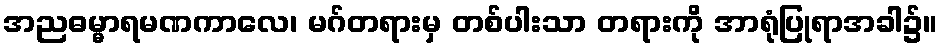
အညဓမ္မာရမဏကာလေ၊ မဂ်တရားမှ တစ်ပါးသာ တရားကို အာရုံပြုရာအခါ၌။